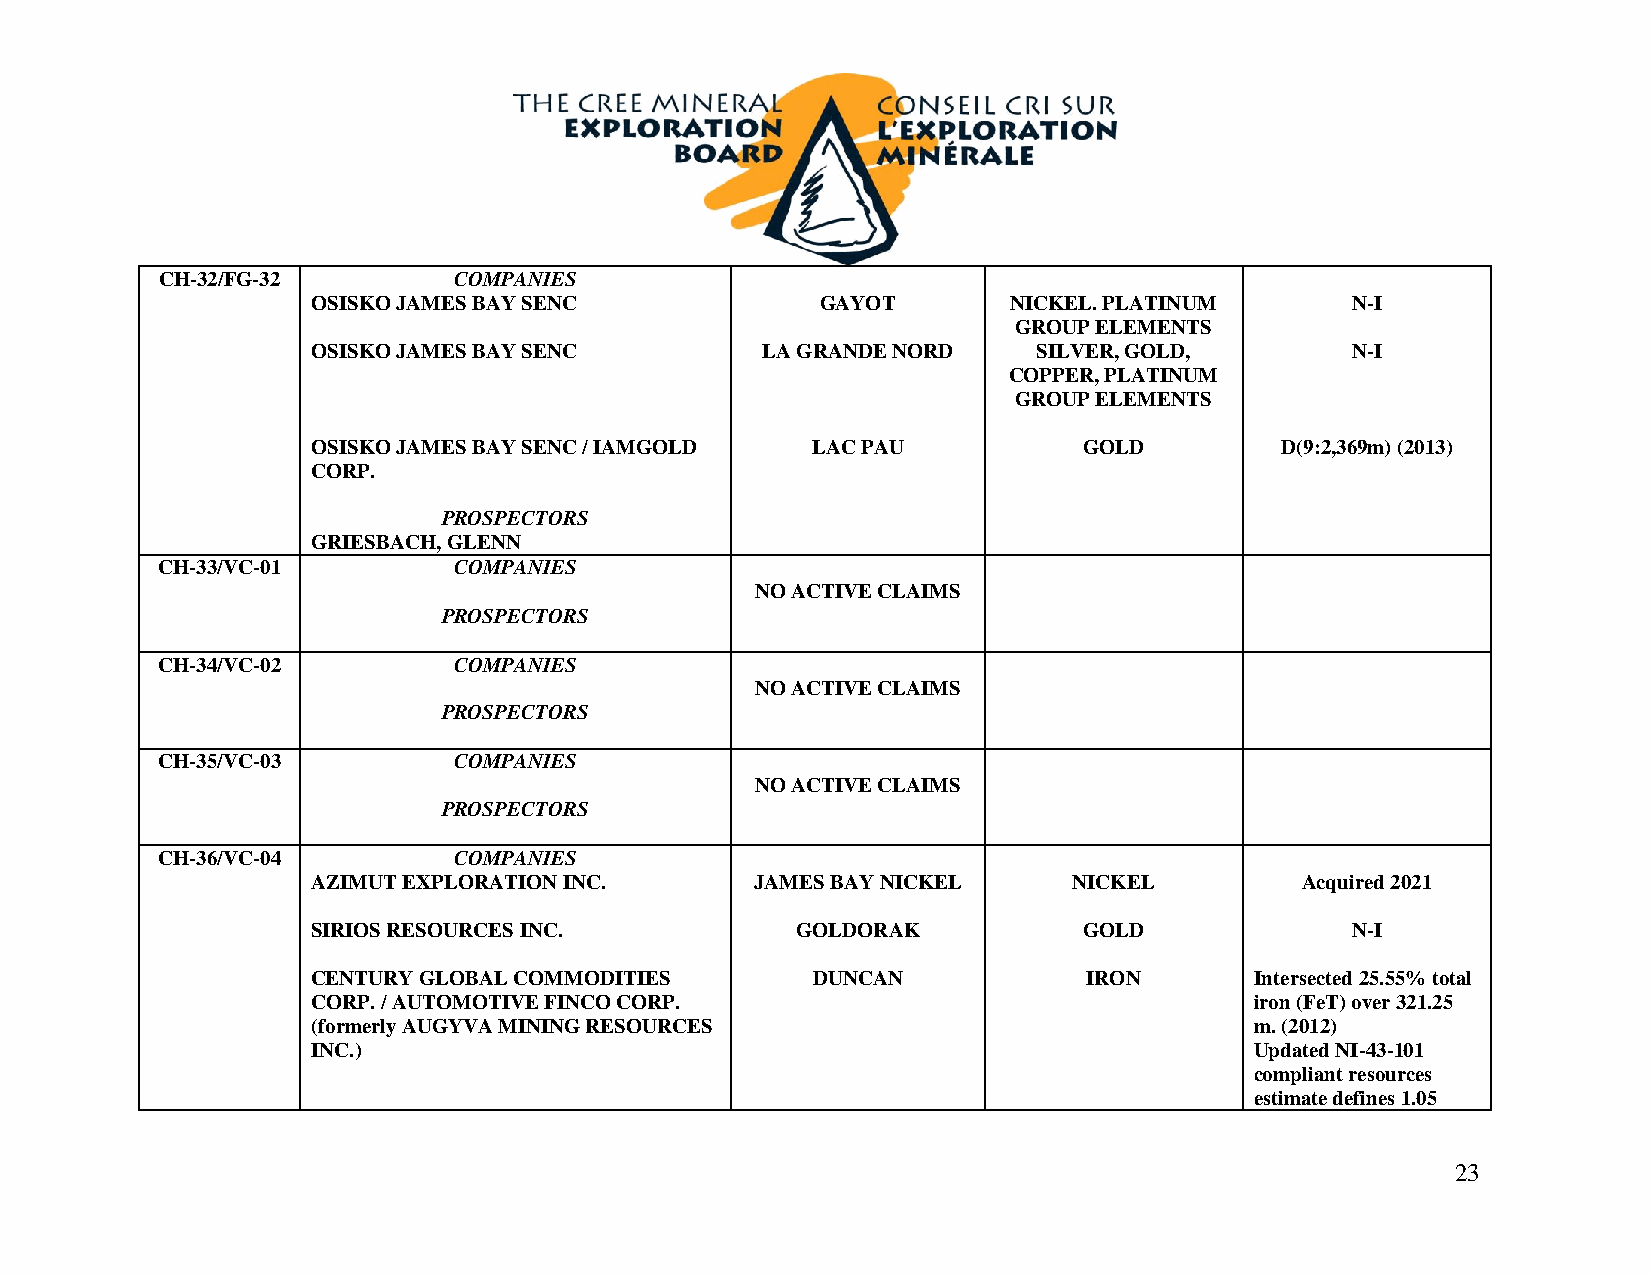
CH-32/FG-32         COMPANIES
 OSISKO JAMES BAY SENC            GAYOT        NICKEL. PLATINUM      N-I
 GROUP ELEMENTS
 OSISKO JAMES BAY SENC        LA GRANDE NORD     SILVER, GOLD,       N-I
 COPPER, PLATINUM
 GROUP ELEMENTS
 OSISKO JAMES BAY SENC / IAMGOLD  LAC PAU           GOLD         D(9:2,369m) (2013)
 CORP.
 PROSPECTORS
 GRIESBACH, GLENN
 CH-33/VC-01         COMPANIES
 NO ACTIVE CLAIMS
 PROSPECTORS
 CH-34/VC-02         COMPANIES
 NO ACTIVE CLAIMS
 PROSPECTORS
 CH-35/VC-03         COMPANIES
 NO ACTIVE CLAIMS
 PROSPECTORS
 CH-36/VC-04         COMPANIES
 AZIMUT EXPLORATION INC.      JAMES BAY NICKEL     NICKEL         Acquired 2021
 SIRIOS RESOURCES INC.           GOLDORAK           GOLD             N-I
 CENTURY GLOBAL COMMODITIES       DUNCAN            IRON       Intersected 25.55% total
 CORP. / AUTOMOTIVE FINCO CORP.                                iron (FeT) over 321.25
 (formerly AUGYVA MINING RESOURCES                             m. (2012)
 INC.)                                                         Updated NI-43-101
 compliant resources
 estimate defines 1.05
 23